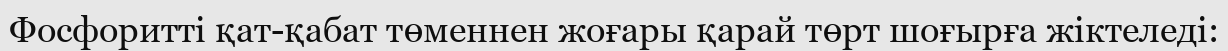
Фосфоритті қат-қабат төменнен жоғары қарай төрт шоғырға жіктеледі: